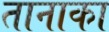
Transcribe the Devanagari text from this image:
तानाका